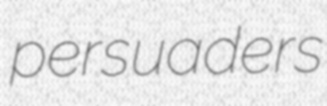
persuaders